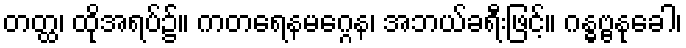
တတ္ထ၊ ထိုအရပ်၌။ ကတရေနမဂ္ဂေန၊ အဘယ်ခရီးဖြင့်။ ဂန္ဓဗ္ဗနုခေါ၊